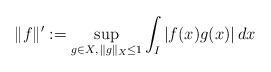
\begin{align*} \|f\|^{\prime}: = \sup_{g \in X, \, \|g\|_{X} \leq 1} \int_{I} |f(x) g(x) | \, dx\end{align*}